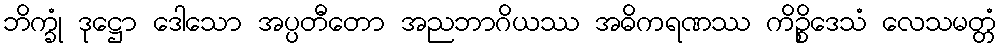
ဘိက္ခုံ ဒုဋ္ဌော ဒေါသော အပ္ပတီတော အညဘာဂိယဿ အဓိကရဏဿ ကိဉ္စိဒေသံ လေသမတ္တံ